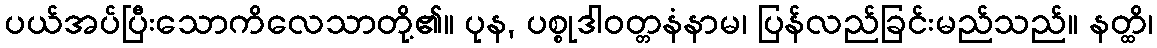
ပယ်အပ်ပြီးသောကိလေသာတို့၏။ ပုန, ပစ္စုဒါဝတ္တနံနာမ၊ ပြန်လည်ခြင်းမည်သည်။ နတ္ထိ၊